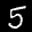
Label: 5